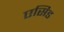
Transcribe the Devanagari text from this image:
एसिड